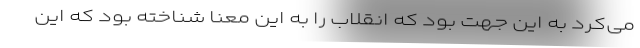
می‌کرد به این جهت بود که انقلاب را به این معنا شناخته بود که این